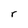
Character: r